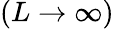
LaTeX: (L\to\infty)